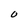
Character: O